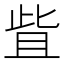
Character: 𬅿